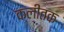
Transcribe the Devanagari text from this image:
क्लीतक